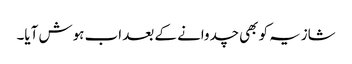
شازیہ کو بھی چدوانے کے بعد اب ہوش آیا۔